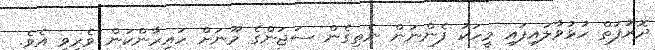
ދޮރުފަތް ހުޅުވާލައިފައި މީހަކު ފެންނަން ނެތިގެން ސަޖަންގެ މޫނަށް ހައިރާންކަން ވެރިވި އެވެ.